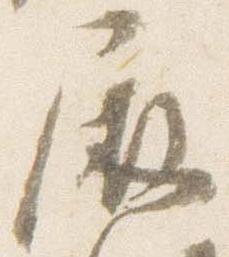
屏